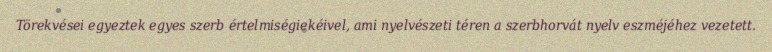
Törekvései egyeztek egyes szerb értelmiségiekéivel, ami nyelvészeti téren a szerbhorvát nyelv eszméjéhez vezetett.